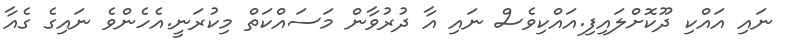
ނައި އައްކި ދޫކޮށްލައިފި.އައްކިވެސް ނައި އާ ދުރުވާން މަސައްކަތް މިކުރަނީ.އެހެންވެ ނައިގެ ގެއާ